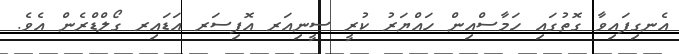
އެނގިފައިވާ ގޮތުގައި ހަމާސްއިން ހައްޔަރު ކުރީ ސީނިއަރ އޮފިސަރ އަޑައިރ ގޯލްޑްރެން އެވެ.